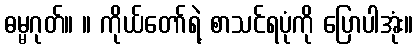
ဓမ္မဂုတ်။ ။ ကိုယ်တော်ရဲ့ စာသင်ရပုံကို ပြောပါအုံး။